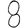
Digit: 8